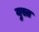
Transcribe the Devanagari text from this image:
युस्त